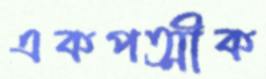
একপত্মীক